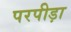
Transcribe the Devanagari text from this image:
परपीड़ा